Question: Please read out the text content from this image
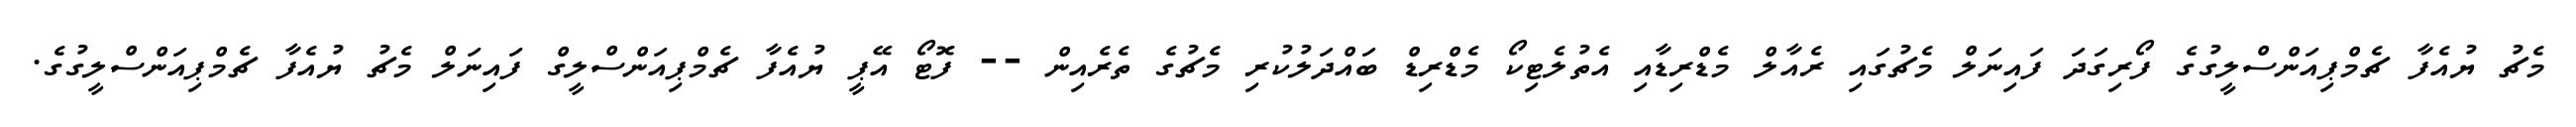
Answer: މެޗު ޔުއެފާ ޗެމްޕިއަންސްލީގުގެ ފޯރިގަދަ ފައިނަލް މެޗުގައި ރެއާލް މެޑްރިޑާއި އެތުލެޓިކޯ މެޑްރިޑް ބައްދަލުކުރި މެޗުގެ ތެރެއިން -- ފޮޓޯ އޭޕީ ޔުއެފާ ޗެމްޕިއަންސްލީގް ފައިނަލް މެޗު ޔުއެފާ ޗެމްޕިއަންސްލީގުގެ.